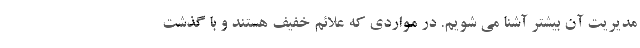
مدیریت آن بیشتر آشنا می شویم. در مواردی که علائم خفیف هستند و با گذشت